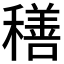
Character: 𮃬